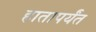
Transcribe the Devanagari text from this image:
हातापर्यंत